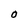
Character: O